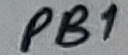
Text: PB1